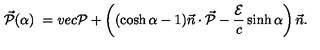
\vec { \cal { P } } ( \alpha ) \ = v e c { \cal { P } } + \left( ( \cosh \alpha - 1 ) \vec { n } \cdot \vec { \cal { P } } - \frac { \cal { E } } { c } \sinh \alpha \right) \vec { n } .